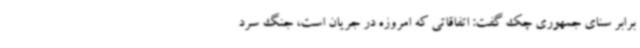
برابر سنای جمهوری چک گفت: اتفاقاتی که امروزه در جریان است، جنگ سرد